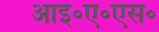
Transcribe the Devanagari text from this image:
आइ॰ए॰एस॰